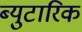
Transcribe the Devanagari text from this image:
ब्युटारिक